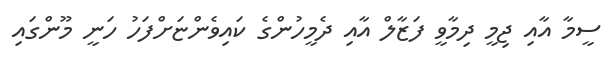
ސީމާ އާއި ޖިމީ ދިމާވީ ފަޒާލް އާއި ދެމީހުންގެ ކައިވެންޏަށްފަހު ހަނީ މޫންގައި